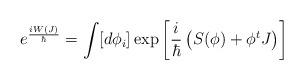
LaTeX: \begin{align*}e^{\frac{i W(J)}{\hbar}}=\int [d\phi_i] \exp\left[ \frac{i}{\hbar} \left( S(\phi) + \phi^t J\right) \right]\end{align*}